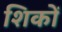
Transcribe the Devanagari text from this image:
शिकों